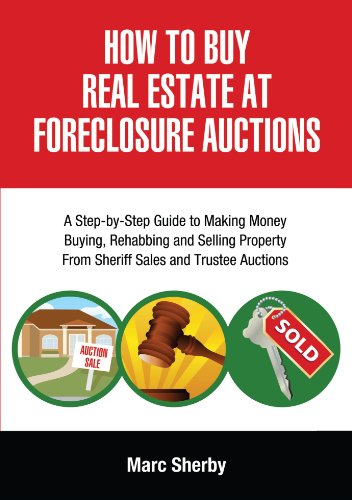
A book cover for How To Buy Real Estate At Foreclosure Auctions: A Step-by-step Guide To Making Money Buying, Rehabbing And Selling Property From             Sheriff Sales And Trustee Auctions; Marc Sherby; Business & Money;